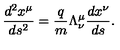
\frac { d ^ { 2 } x ^ { \mu } } { d s ^ { 2 } } = \frac { q } { m } \Lambda _ { \nu } ^ { \mu } \frac { d x ^ { \nu } } { d s } .